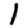
Digit: 1